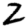
Digit: 2